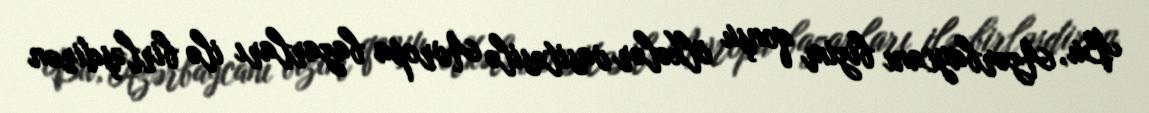
Bu, Azərbaycanı bizim qonşu ölkələr vasitəsilə Avropa bazarları ilə birləşdirən